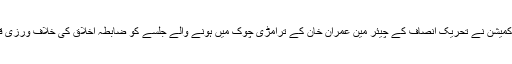
نجی ٹی وی کے مطابق جمعہ کو الیکشن کمیشن نے تحریک انصاف کے چیئر مین عمران خان کے ترامڑی چوک میں ہونے والے جلسے کو ضابطہ اخلاق کی خلاف ورزی قرار دیتے ہوئے اس کا نوٹس لے لیا ہے ۔